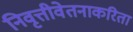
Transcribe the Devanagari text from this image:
निवृत्तीवेतनाकरिता